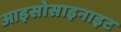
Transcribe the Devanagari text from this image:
आइसोसाइनाइट